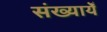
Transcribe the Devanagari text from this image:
संख्यायेँ